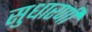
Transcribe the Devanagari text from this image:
सुधारणी